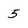
Character: 5